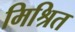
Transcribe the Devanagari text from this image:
मिश्रित